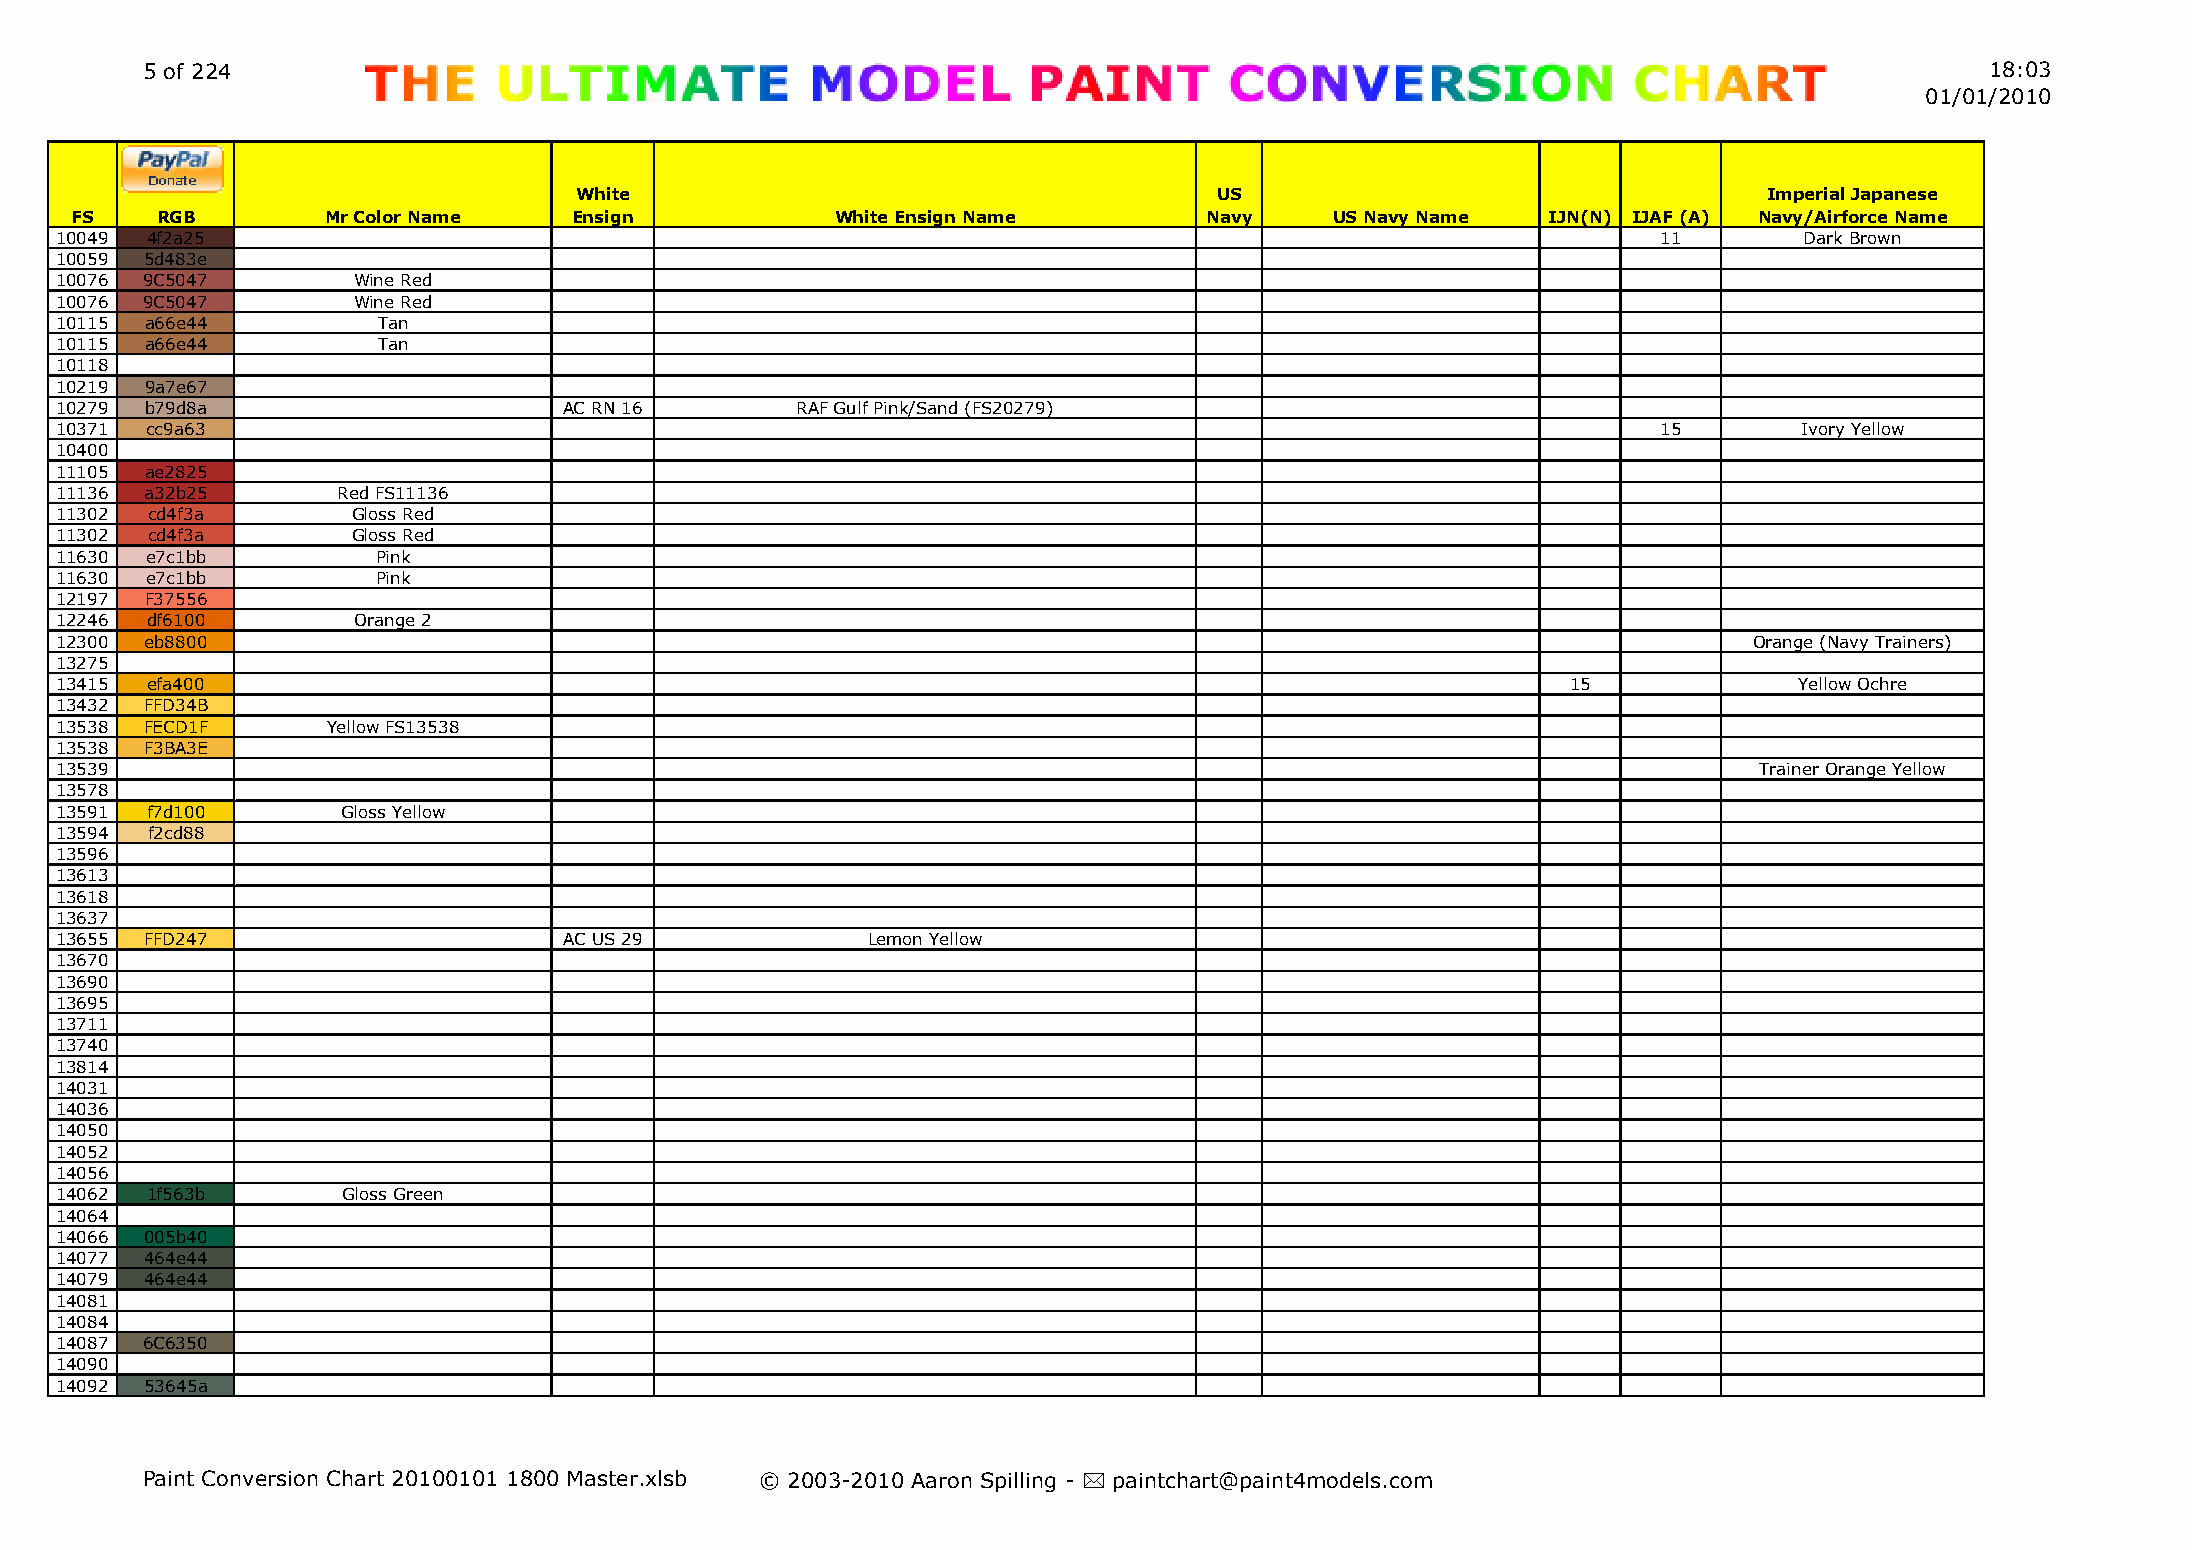
5 of 224                                                                                                                   18:03
 01/01/2010
 White                                      US                                  Imperial Japanese
 FS   RGB         Mr Color Name   Ensign           White Ensign Name        Navy    US Navy Name  IJN(N) IJAF (A) Navy/Airforce Name
 10049 4f2a25                                                                                              11       Dark Brown
 10059 5d483e
 10076 9C5047       Wine Red
 10076 9C5047       Wine Red
 10115 a66e44         Tan
 10115 a66e44         Tan
 10118
 10219 9a7e67
 10279 b79d8a                     AC RN 16        RAF Gulf Pink/Sand (FS20279)
 10371 cc9a63                                                                                              15       Ivory Yellow
 10400
 11105 ae2825
 11136 a32b25      Red FS11136
 11302 cd4f3a       Gloss Red
 11302 cd4f3a       Gloss Red
 11630 e7c1bb         Pink
 11630 e7c1bb         Pink
 12197 F37556
 12246 df6100       Orange 2
 12300 eb8800                                                                                                    Orange (Navy Trainers)
 13275
 13415 efa400                                                                                        15             Yellow Ochre
 13432 FFD34B
 13538 FECD1F      Yellow FS13538
 13538 F3BA3E
 13539                                                                                                           Trainer Orange Yellow
 13578
 13591 f7d100       Gloss Yellow
 13594 f2cd88
 13596
 13613
 13618
 13637
 13655 FFD247                     AC US 29            Lemon Yellow
 13670
 13690
 13695
 13711
 13740
 13814
 14031
 14036
 14050
 14052
 14056
 14062 1f563b       Gloss Green
 14064
 14066 005b40
 14077 464e44
 14079 464e44
 14081
 14084
 14087 6C6350
 14090
 14092 53645a
 Paint Conversion Chart 20100101 1800 Master.xlsb © 2003-2010 Aaron Spilling - * paintchart@paint4models.com